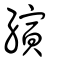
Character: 縯